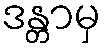
ဒန္တာမှ